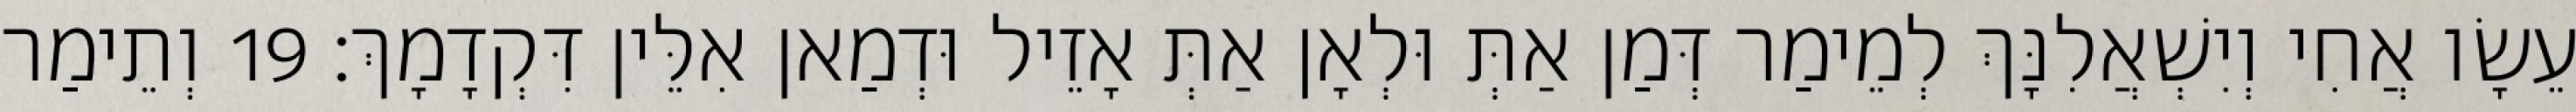
עֵשָׂו אֲחִי וְיִשְׁאֲלִנָּךְ לְמֵימַר דְּמַן אַתְּ וּלְאָן אַתְּ אָזֵיל וּדְמַאן אִלֵּין דִּקְדָמָךְ׃ 19 וְתֵימַר